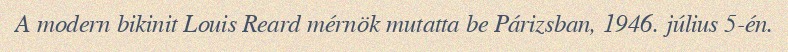
A modern bikinit Louis Reard mérnök mutatta be Párizsban, 1946. július 5-én.